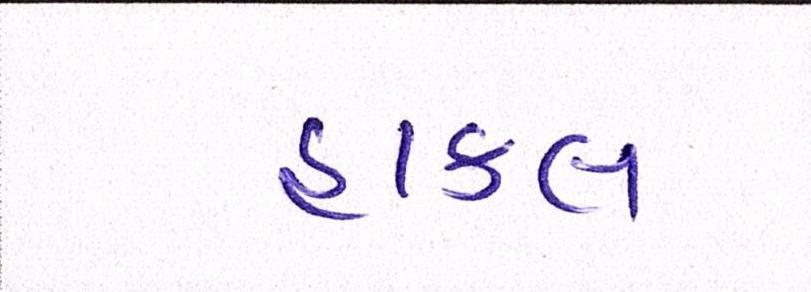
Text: હાકલ